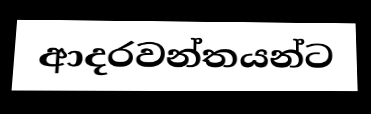
ආදරවන්තයන්ට